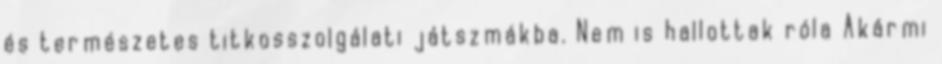
és természetes titkosszolgálati játszmákba. Nem is hallottak róla Akármi